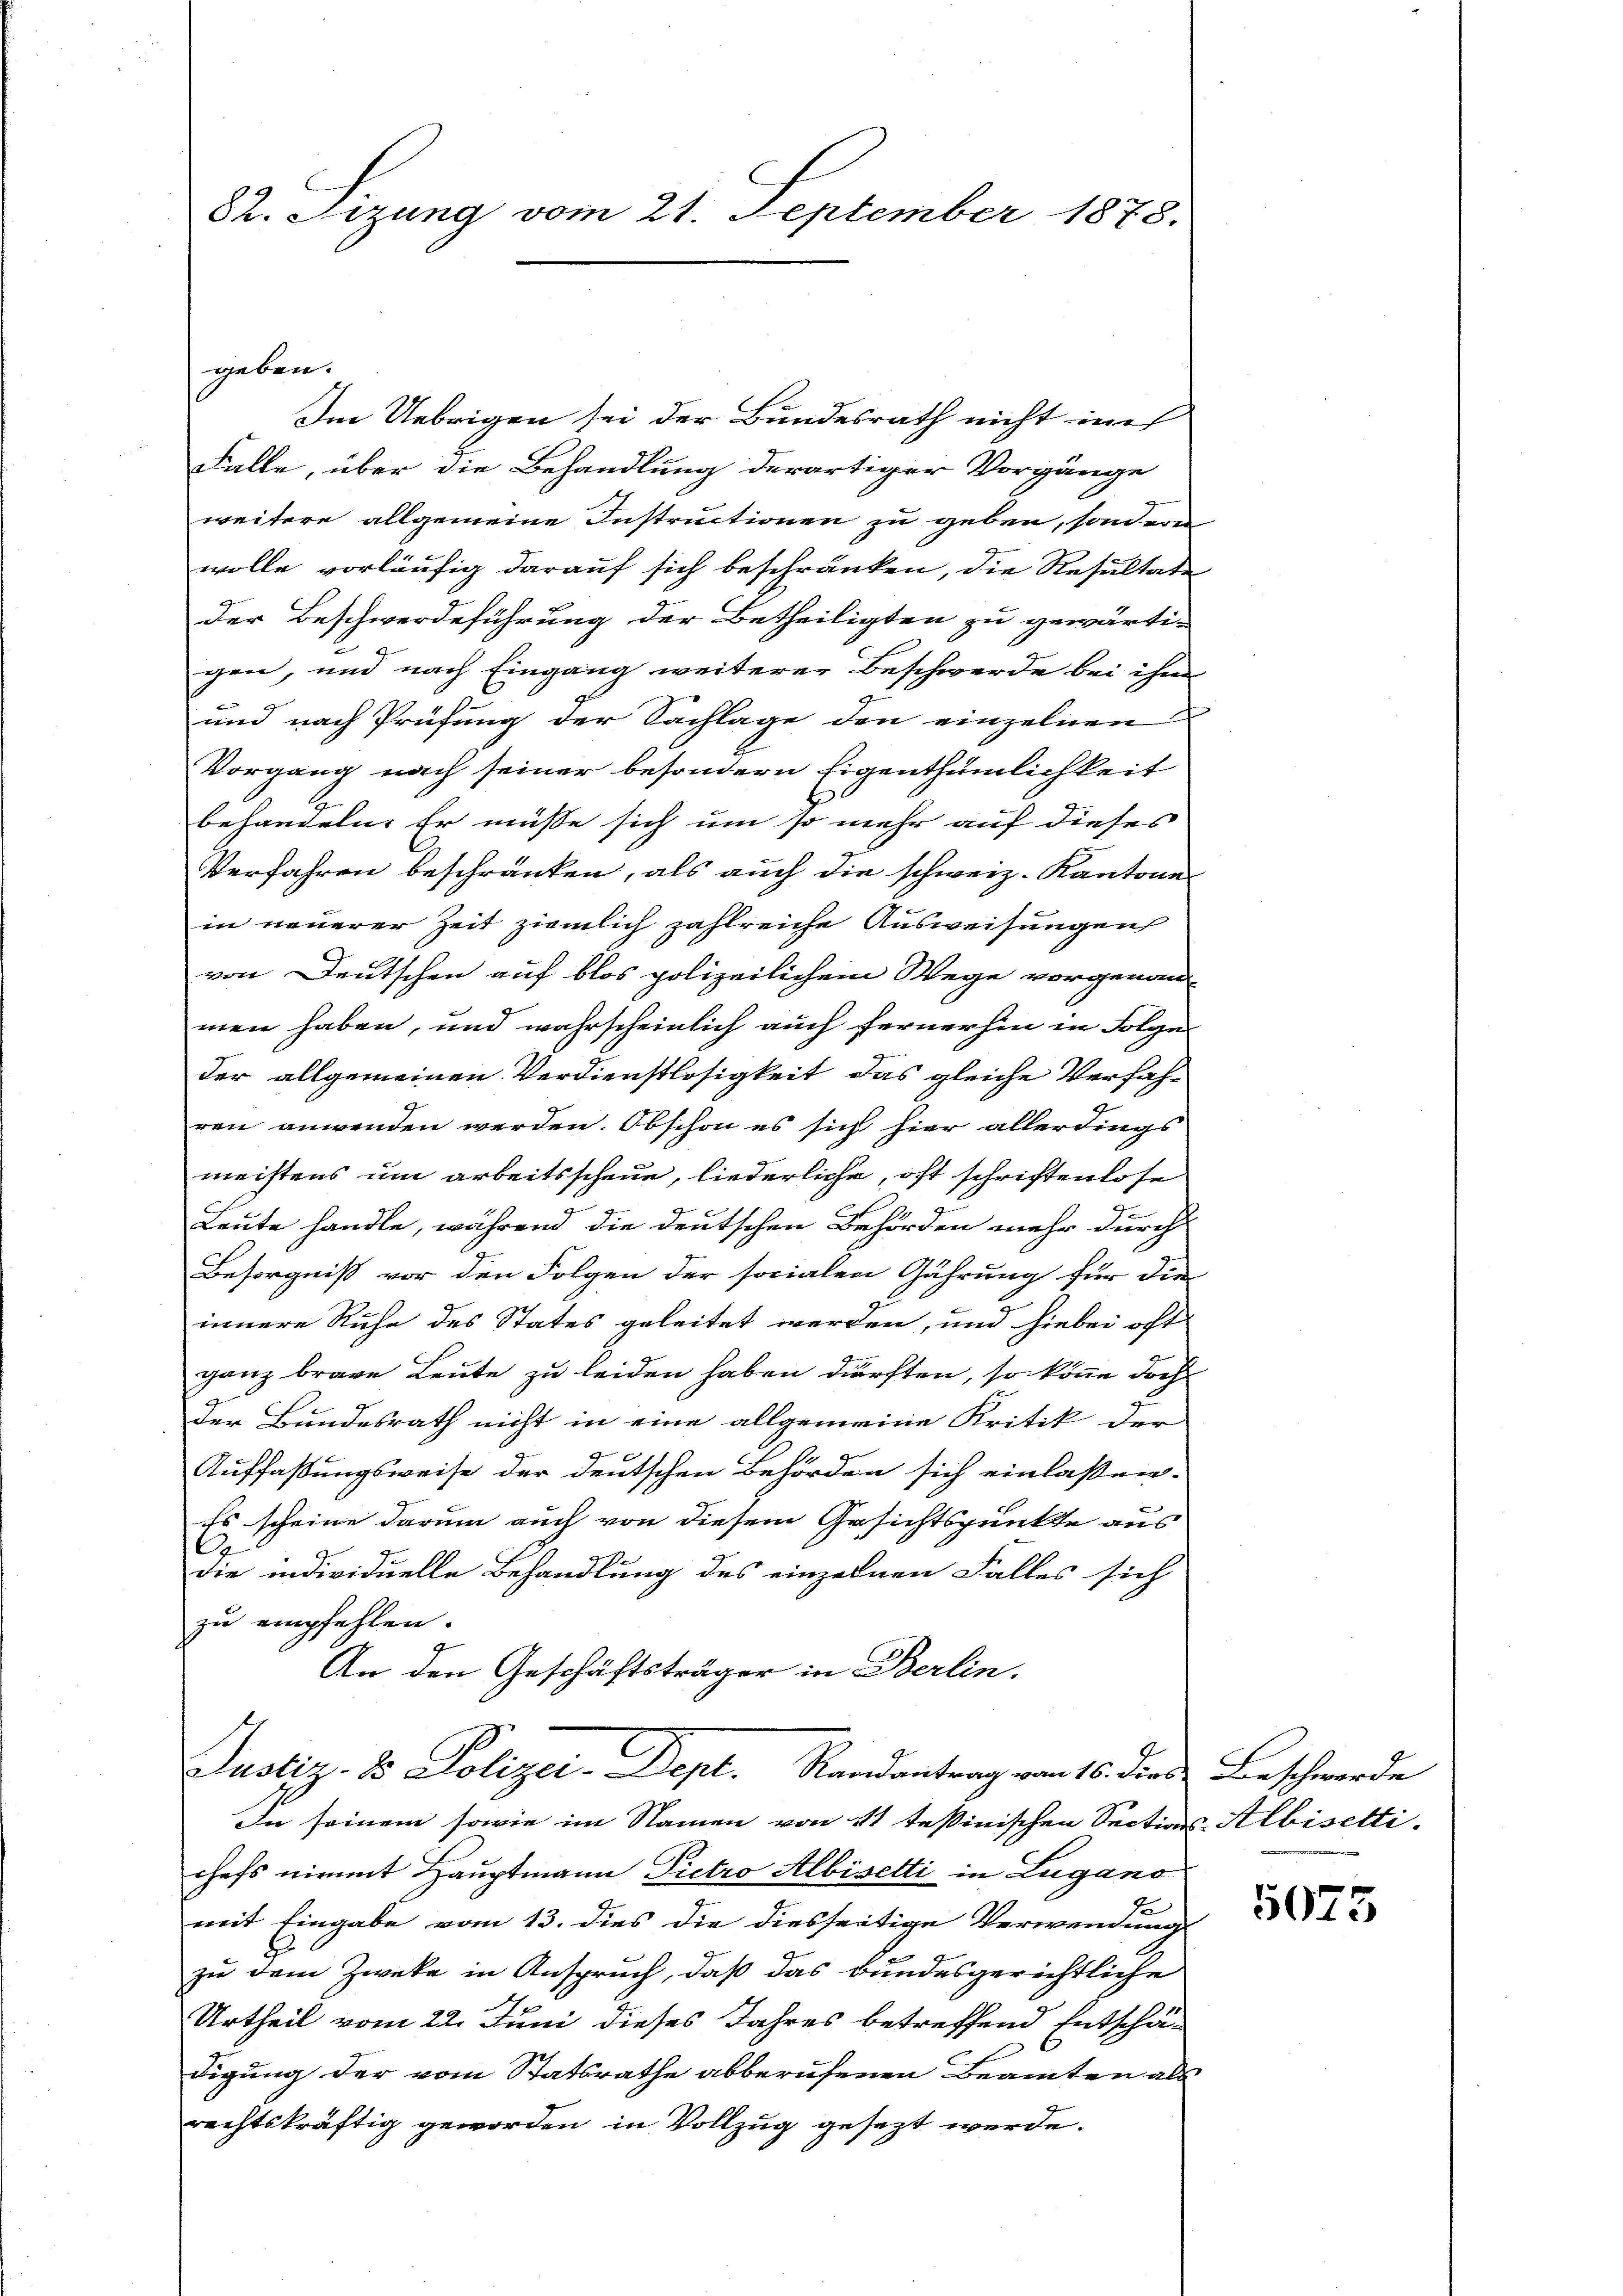
82. Sizung vom 21. September 1878.

Im Uebrigen sei der Bundesrath nicht in
Falle, über die Behandlung derartiger Vorgänge
weitere allgemeine Instructionen zu geben, sondern
wolle vorläufig darauf sich beschränken, die Resultate
der Beschwerdeführung der Betheiligten zu gewärti-
gen, und nach Eingang weiterer Beschwerde bei ihm
und nach Prüfung der Sachlage den einzelnen
Vorgang nach seiner besondern Eigenthümlichkeit
behandeln. Er müsse sich um so mehr auf dieses
Verfahren beschränken, als auch die schweiz. Kantone
in neuerer Zeit ziemlich zahlreiche Ausweisungen
von Deutschen auf blos polizeilichem Wege vorgenann-
men haben, und wahrscheinlich auch fernerhin in Folge
der allgemeinen Verdienstlosigkeit das gleiche Verfahren anwenden werden. Obschon es sich hier allerdings
meistens um arbeitsscheue, liederliche, oft schriftenlose
9
Leute handle, während die deutschen Behörden mehr durch
Besorgniß vor den Folgen der socialen Gährung für die
9
innere Ruhe des States geleitet werden, und hiebei oft
ganz brave Leute zu leiden haben dürften, so könne doch
Der Bundesrath nicht in eine allgemeine Kritik der
Auffassungsweise der deutschen Behörden sich einlaßen-
Es scheine darum auch von diesem Gesichtspunkte aus
A
die individuelle Behandlung des einzelnen Falles sich
zu empfehlen.
An den Geschäftsträger in Berlin.

geben.

Justiz- & Polizei-Dept. Randantrag von 16. dies Beschwerde
In seinem sowie im Namen von 11 teßinischen Sections-Albiselli¬

chefs nimmt Hauptmann Pietro Albisetti in Lugano
mit Eingabe vom 13. dies die diesseitige Verwendung
zu dem Zweke in Anspruch, daß das Bundesgerichtliche
Urtheil vom 22. Juni dieses Jahres betreffend Entschädigung der vom Statsrathe abberufenen Beamten als
rechtskräftig geworden in Vollzug gesezt werde.

5073